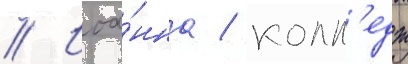
// Иоа́нна / колл'едж